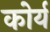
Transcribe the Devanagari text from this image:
कोर्य